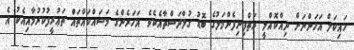
ހައިކަލް އަހަންނަށް ދިއްކޮއްލީ ރަތްފިނިފެންމަލުގެ ބޮޑު ގުލްދަސްތާއެކެވެ. އަހަރެންގެ މަސައްކައްތައް ތަޢުރީފުކުރުމާއިއެކު އެ